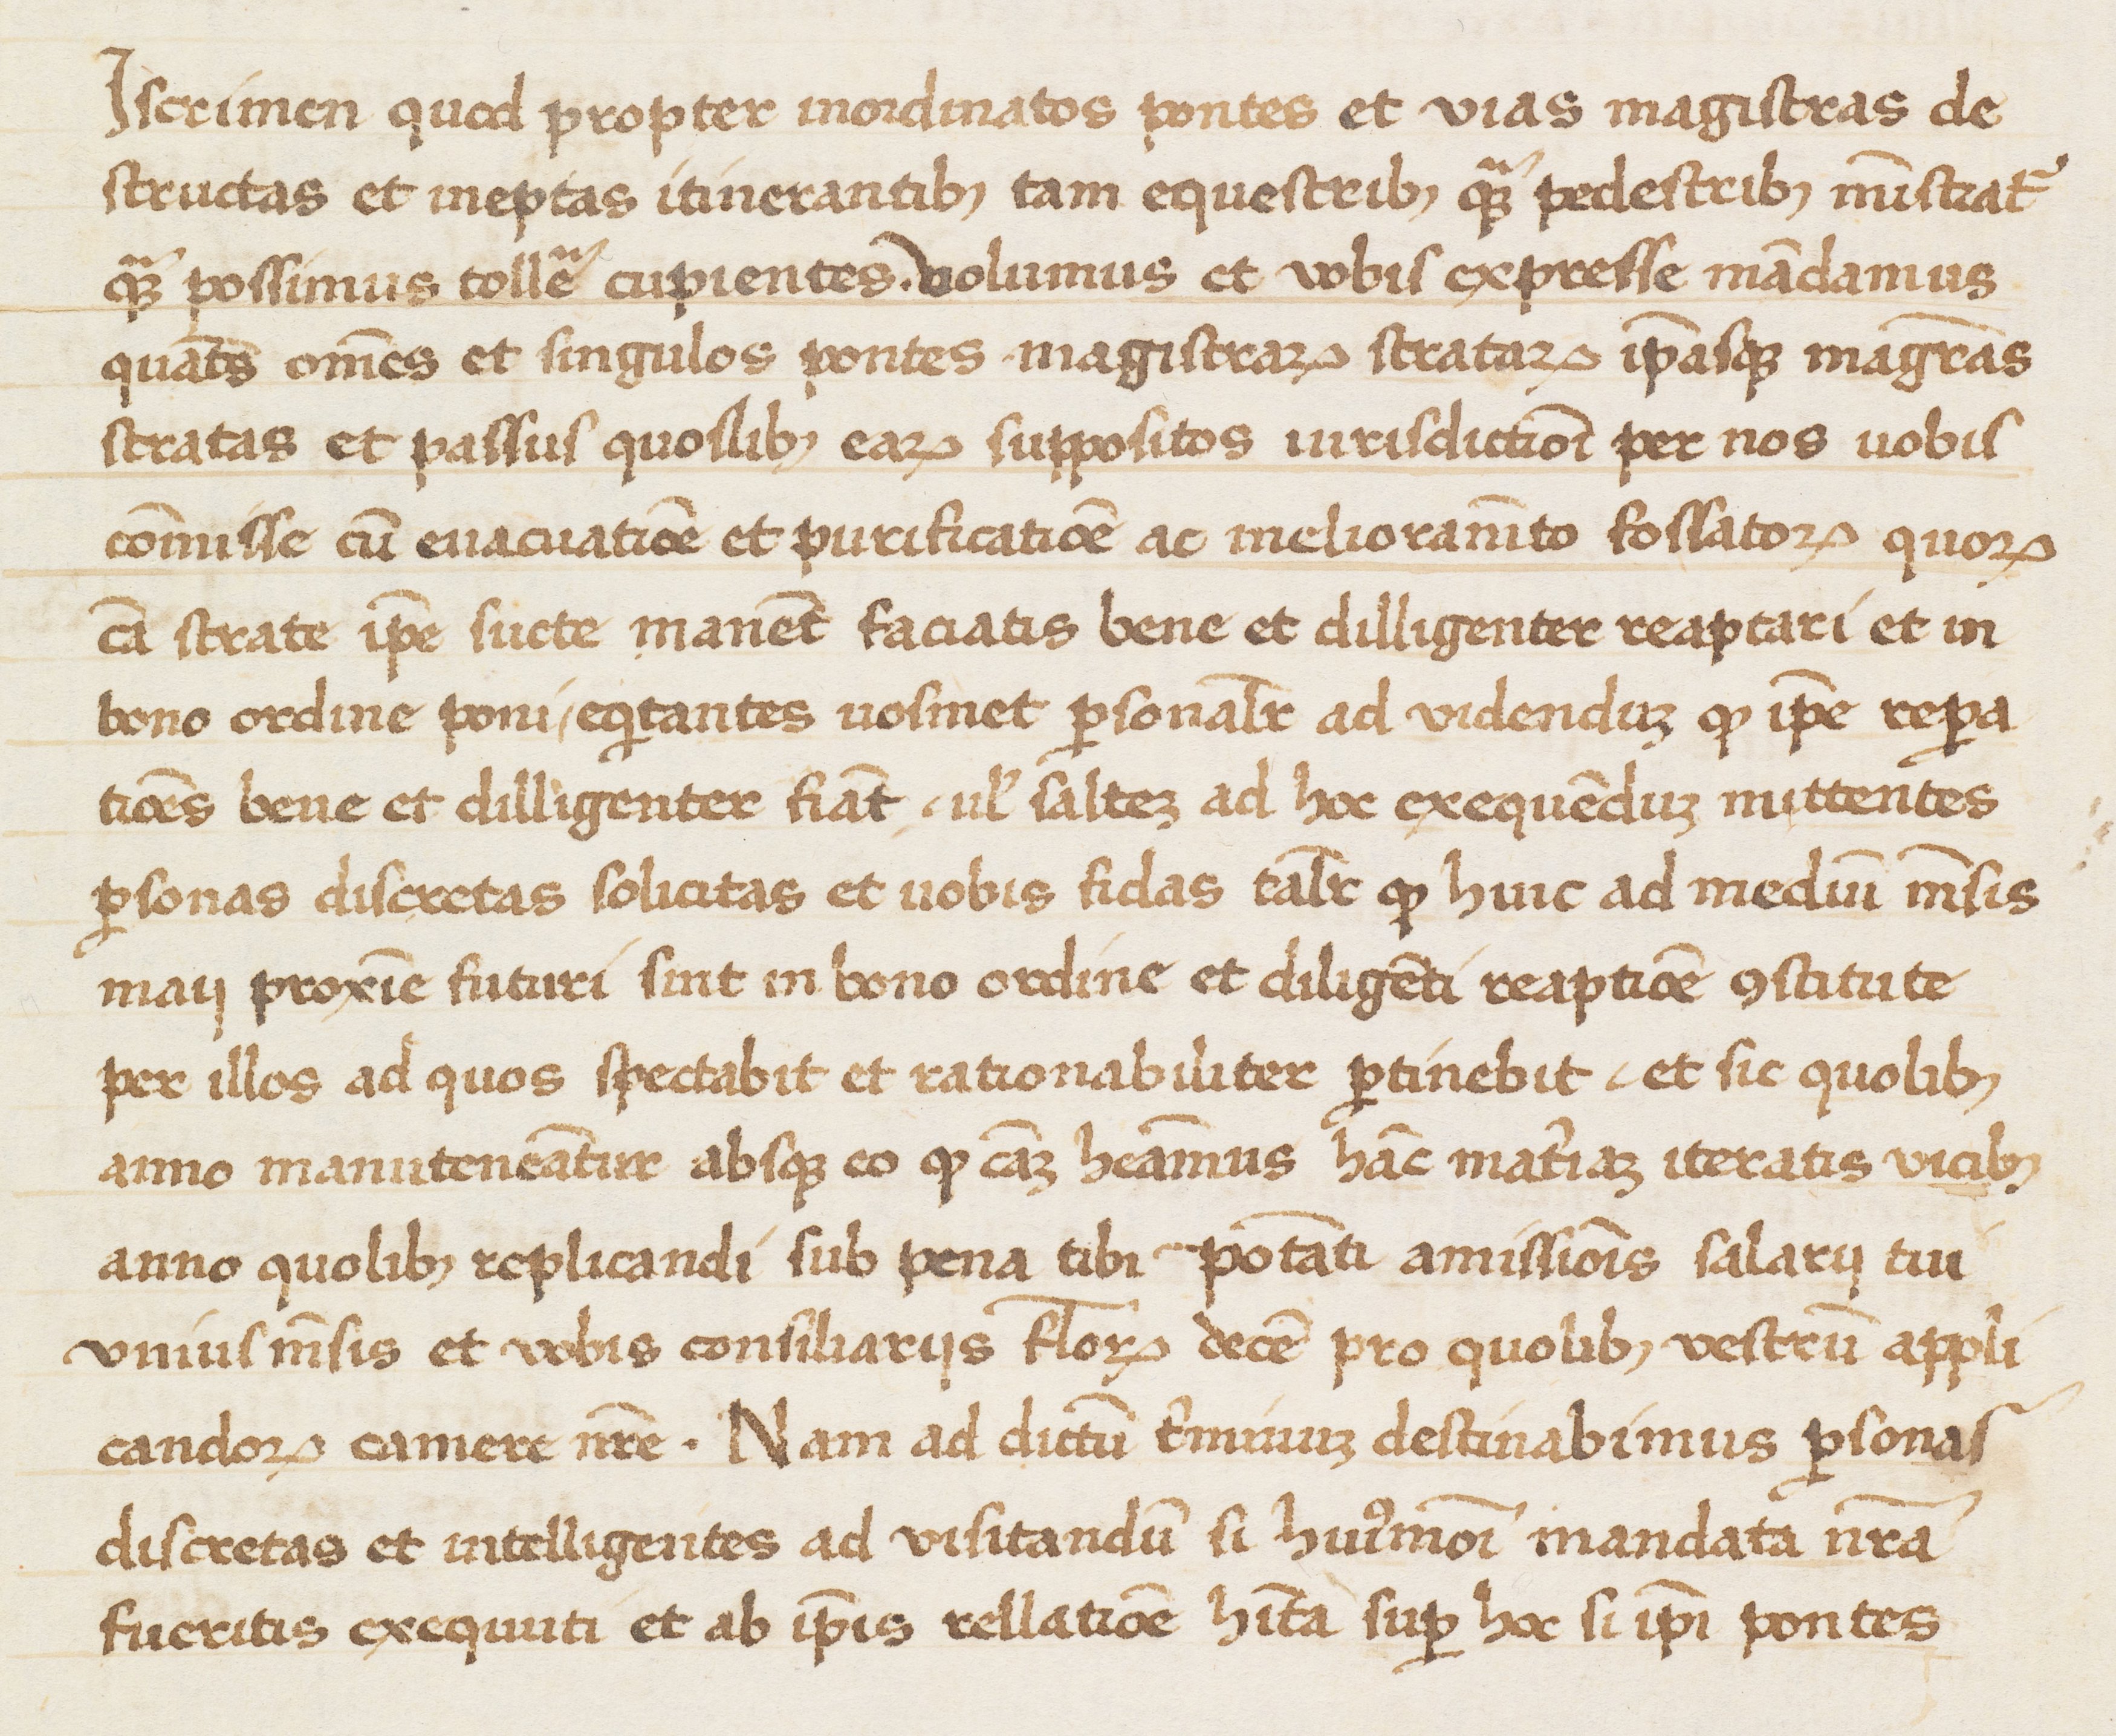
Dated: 1400–1499